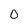
Character: 0